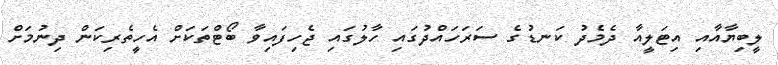
ލީބިޔާއާއި އިޓަލީއާ ދެމެދު ކަނޑުގެ ސަރަހައްދުގައި ހާލުގައި ޖެހިފައިވާ ބޯޓްތަކަށް އެހީތެރިކަން ދިނުމަށް